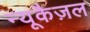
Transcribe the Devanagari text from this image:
न्यूकैज़ल